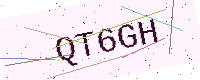
Text: QT6GH